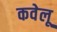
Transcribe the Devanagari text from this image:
कवेलू